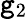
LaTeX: \mathtt{g}_{2}